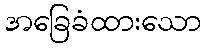
အခြေခံထားသော